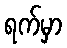
ရက်မှာ